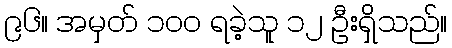
၉၆။ အမှတ် ၁၀၀ ရခဲ့သူ ၁၂ ဦးရှိသည်။